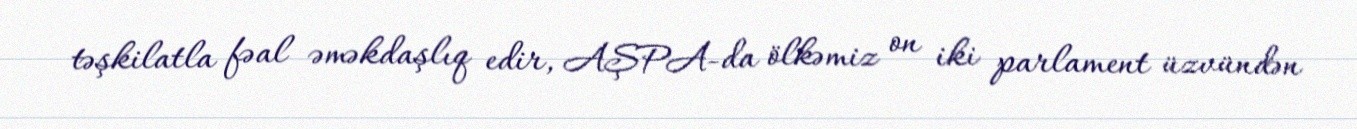
təşkilatla fəal əməkdaşlıq edir, AŞPA-da ölkəmiz on iki parlament üzvündən